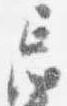
忌